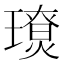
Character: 𤪃